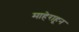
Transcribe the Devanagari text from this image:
माहेराहून